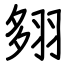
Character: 翗